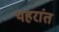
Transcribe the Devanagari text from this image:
थहरांत